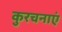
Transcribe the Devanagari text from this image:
कुरचनाएं